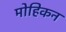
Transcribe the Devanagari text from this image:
मोहिकन